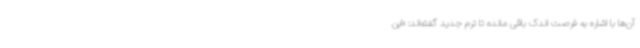
آن‌ها با اشاره به فرصت اندک باقی مانده تا ترم جدید گفته‌اند: «این